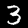
Digit: 3